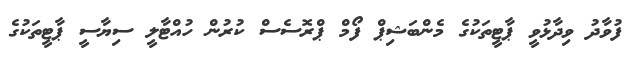
ފުވާދު ވިދާޅުވީ ޕާޓީތަކުގެ މެންބަޝިޕް ފޯމް ޕްރޮސެސް ކުރުން ހުއްޓާލީ ސިޔާސީ ޕާޓީތަކުގެ